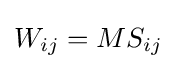
W_{ij}=MS_{ij}